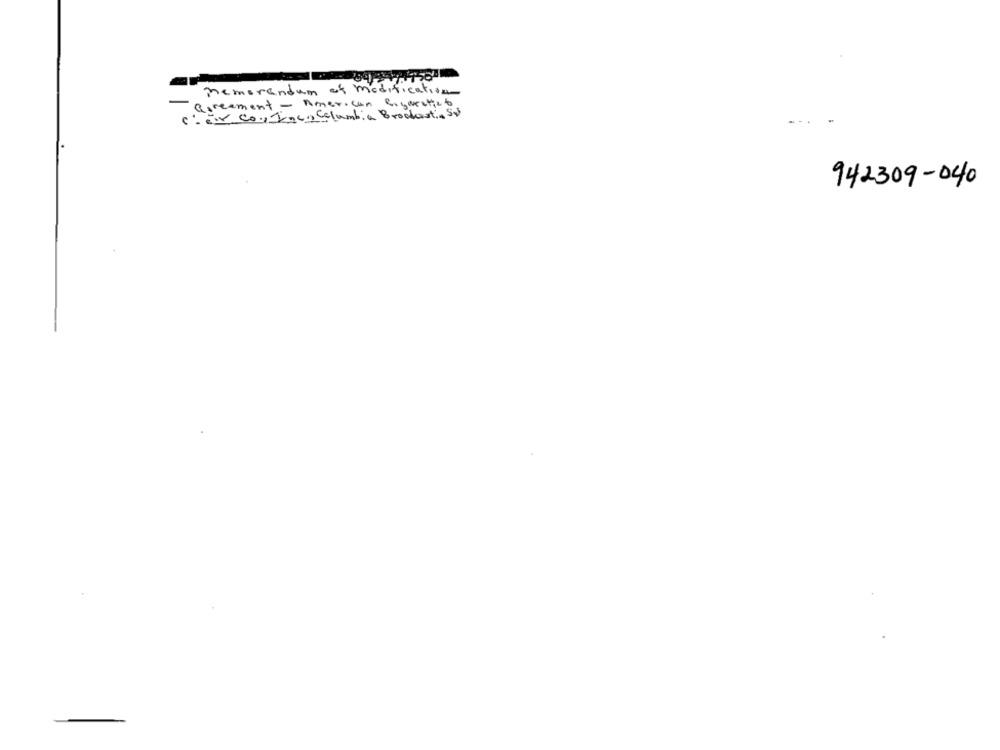
memorandum as modification
Goreement - American Cigarette6
e- air con Inen Columbia Broddost, 5$
942309-040